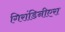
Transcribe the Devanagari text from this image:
गिरांडिनीएरा